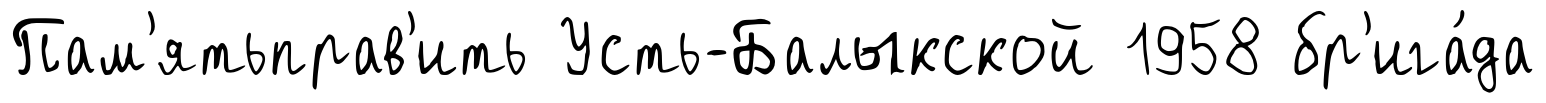
Пам'ятьправ'ить Усть-Балыкской 1958 бр'ига́да